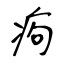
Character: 痀